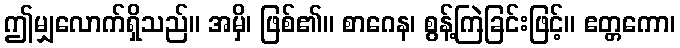
ဤမျှလောက်ရှိသည်။ အမှိ၊ ဖြစ်၏။ စာဂေန၊ စွန့်ကြဲခြင်းဖြင့်။ ဧတ္တကော၊